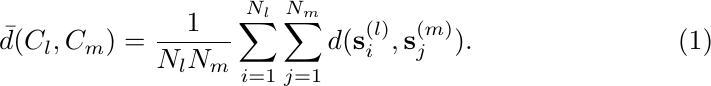
\begin{align}
\bar{d}(C_l,C_m)=\frac{1}{N_l  N_m}\sum_{i=1}^{N_l}\sum_{j=1}^{N_m}{d(\textbf{s}_{i}^{(l)},\textbf{s}_{j}^{(m)})}.
\end{align}